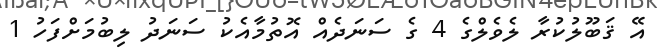
އޭ ޤަބޫލުކުރާ ލެވެލްގެ 4 ގެ ސަނަދެއް އޮތުމާއެކު ސަނަދު ލިބުމަށްފަހު 1